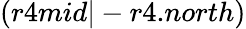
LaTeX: (r4mid|-r4.north)